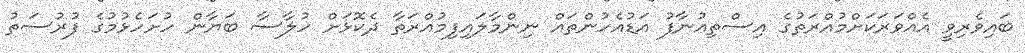
ބައިވެރިވީ އެއްވަރަކަށްމުއްރަތުގެ އިސްތިއުނާފު އަޑުއެހުންތައް ނިންމާލައިފިމުއްރަތާ ދެކޮޅަށް ހުލާސާ ބަޔާން ހުށަހެޅުމުގެ ފުރުސަތު